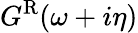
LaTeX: G^{\mathrm{R}}(\omega+i\eta)